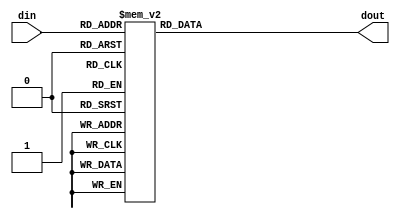
module cpu_decode5to32(din, dout);

        input   [4:0]   din;    // Data input
        output  [31:0]  dout;   // Data Output

        reg     [31:0]  dout;

        always@(din)
        begin

            case(din)
                5'b00000: dout = 32'b00000000000000000000000000000001;
                5'b00001: dout = 32'b00000000000000000000000000000010;
                5'b00010: dout = 32'b00000000000000000000000000000100;
                5'b00011: dout = 32'b00000000000000000000000000001000;
                5'b00100: dout = 32'b00000000000000000000000000010000;
                5'b00101: dout = 32'b00000000000000000000000000100000;
                5'b00110: dout = 32'b00000000000000000000000001000000;
                5'b00111: dout = 32'b00000000000000000000000010000000;
                5'b01000: dout = 32'b00000000000000000000000100000000;
                5'b01001: dout = 32'b00000000000000000000001000000000;
                5'b01010: dout = 32'b00000000000000000000010000000000;
                5'b01011: dout = 32'b00000000000000000000100000000000;
                5'b01100: dout = 32'b00000000000000000001000000000000;
                5'b01101: dout = 32'b00000000000000000010000000000000;
                5'b01110: dout = 32'b00000000000000000100000000000000;
                5'b01111: dout = 32'b00000000000000001000000000000000;
                5'b10000: dout = 32'b00000000000000010000000000000000;
                5'b10001: dout = 32'b00000000000000100000000000000000;
                5'b10010: dout = 32'b00000000000001000000000000000000;
                5'b10011: dout = 32'b00000000000010000000000000000000;
                5'b10100: dout = 32'b00000000000100000000000000000000;
                5'b10101: dout = 32'b00000000001000000000000000000000;
                5'b10110: dout = 32'b00000000010000000000000000000000;
                5'b10111: dout = 32'b00000000100000000000000000000000;
                5'b11000: dout = 32'b00000001000000000000000000000000;
                5'b11001: dout = 32'b00000010000000000000000000000000;
                5'b11010: dout = 32'b00000100000000000000000000000000;
                5'b11011: dout = 32'b00001000000000000000000000000000;
                5'b11100: dout = 32'b00010000000000000000000000000000;
                5'b11101: dout = 32'b00100000000000000000000000000000;
                5'b11110: dout = 32'b01000000000000000000000000000000;
                5'b11111: dout = 32'b10000000000000000000000000000000;

            endcase

        end

endmodule